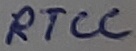
Text: RTCC